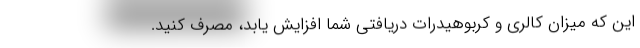
این که میزان کالری و کربوهیدرات دریافتی شما افزایش یابد، مصرف کنید.